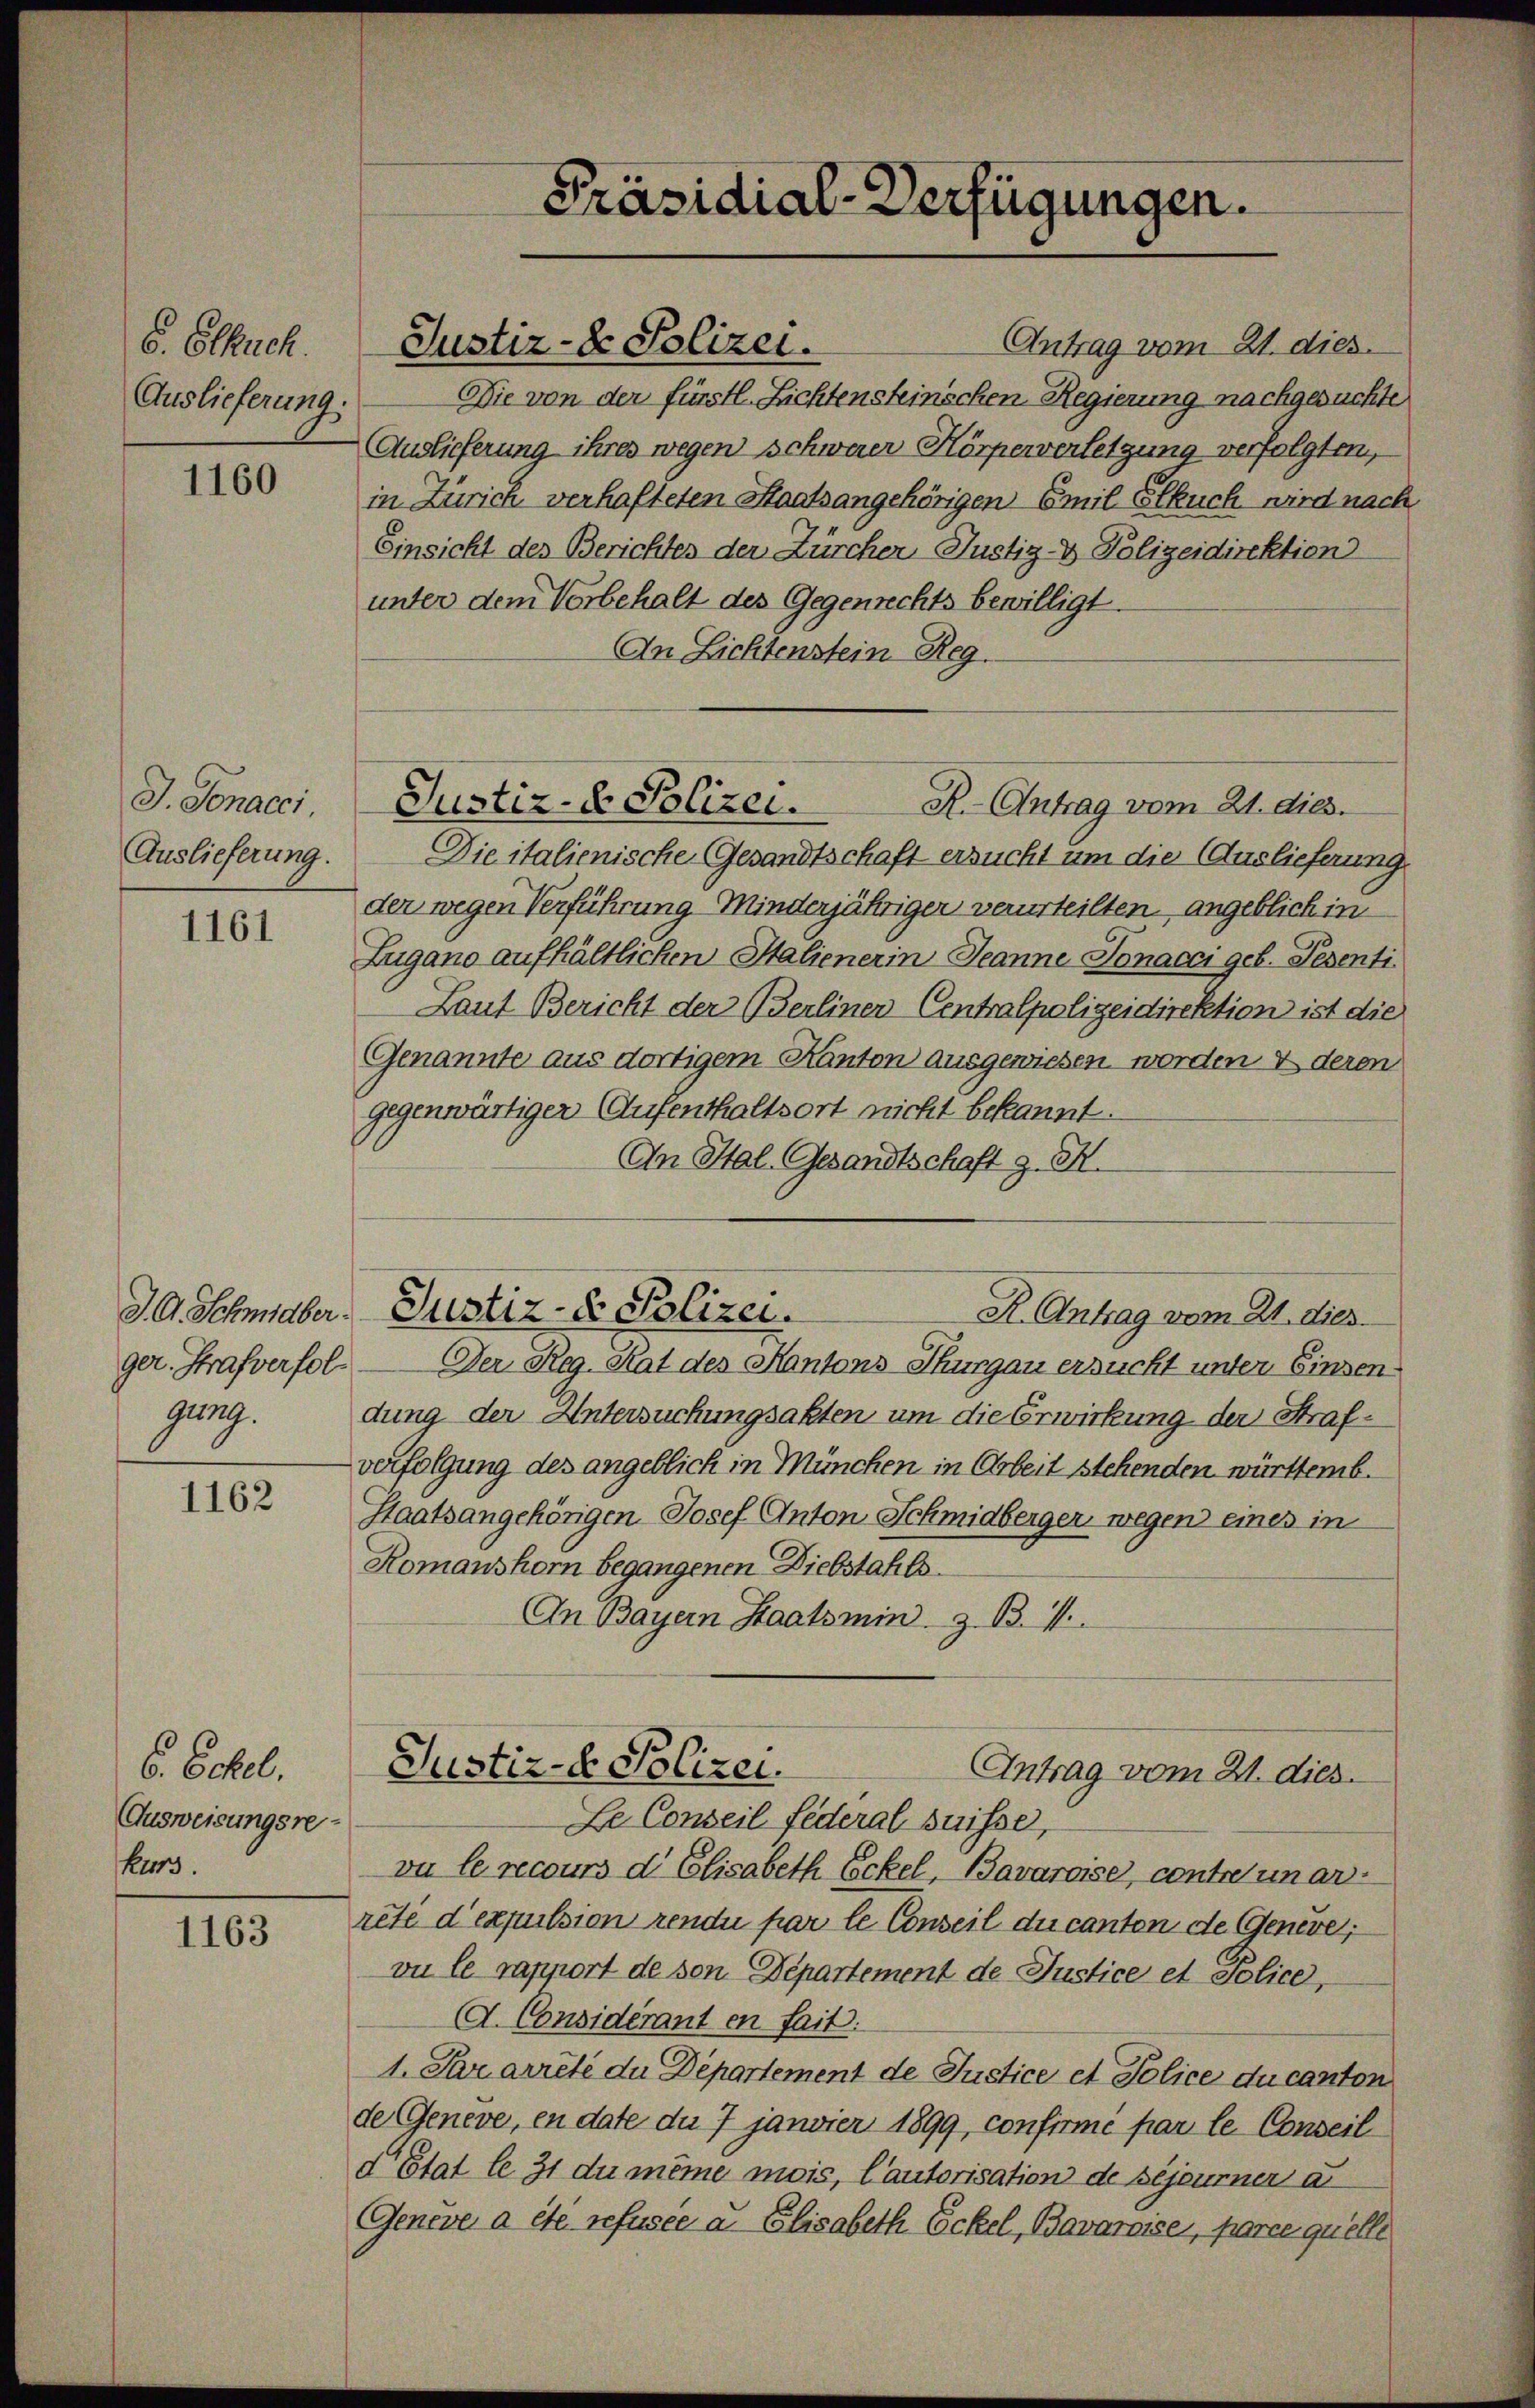
5. Elkuch
Auslieferung

1160

J. Sonacci
Auslieferung.

1161

ger. Strafverfolgg.

1162

6. Echtel,
Ausweisungsrekurs.

1163

Antrag vom 21. dies
Die von der fürstl. Lichtensteinschen Regierung nachgesuchte
Auslieferung ihres wegen schwerer Körperverletzung verfolgten,
in Zürich verhafteten Staatsangehörigen Emil Slkuch wird nach
Einsicht des Berichtes der Zürcher Justiz- & Polizeidirektion
unter dem Vorbehalt des Gegenrechts bewilligt.
An Lichtenstein Reg.

Präsidial-Verfügungen.

Justiz- & Polizei.

R.- Antrag vom 21. dies.
Justiz- & Polizei.

Die italienische Gesandtschaft ersucht um die Auslieferung
der wegen Verführung - Minderjähriger verurteilten angeblich in
Zugano aufhältlichen Salienerin Jeanne Sonacci geb. Pesenti
Laut Bericht der Berliner Centralpolizeidirektion ist die
Genannte aus dortigem Kanton ausgewiesen worden & deren
gegenwärtiger Aufenthaltsort nicht bekannt.
An Stal- Gesandtschaft z. B.
Der Reg. Rat des Kantons Thurgau ersucht unter Einsendung der Untersuchungsakten um die Erwirkung der Strafverfolgung des angeblich in München in Arbeit stehenden württemb.
Staatsangehörigen Josef Anton Schmidberger, wegen eines in
Romanshorn begangenen Diebstahls.
An Bayern Staatsmin z. B. 1
Justiz- & Polizei.
Antrag vom 21. dies.
Le Conseil Federal Suisse,
vu le recours d Elisabeth Eckel, Bavaroise, contro unanreté d’expulsion rende par le Conseil du canten de Genève,
vu le rapport de von Departement de Justice et Police,
(A. Considérant en fait.
1. Pararreté du Departement de Justice et Police du canton
de Genève, en date du 7 janvier 1899, confirmé par le Conseil
d’Etat le 31 du même mois, l’autorisation de séjeurner a
Geneve a été refusée u. Elisabeth Eckel, Bavaroise, parce quelle

J. A. Schmaler Justiz- & Polizei.
R. Antrag vom 21. dies